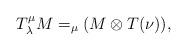
LaTeX: \begin{align*} T_{\lambda}^{\mu}M = _{\mu}(M \otimes T(\nu)), \end{align*}